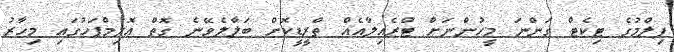
ފިލްމުގެ ޓިކެޓް ގަންނަ މީހުންނަށް ޓްރެއިލާއެއް ތްރީޑީކޮށް ބަލާލެވޭނެ ގޮތް އޮލިމްޕަހުގައި މިހާރު